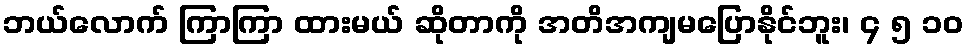
ဘယ်လောက် ကြာကြာ ထားမယ် ဆိုတာကို အတိအကျမပြောနိုင်ဘူး၊ ၄ ၅ ၁၀